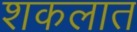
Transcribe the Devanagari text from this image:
शकलात